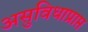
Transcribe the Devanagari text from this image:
असुविधाप्राप्त